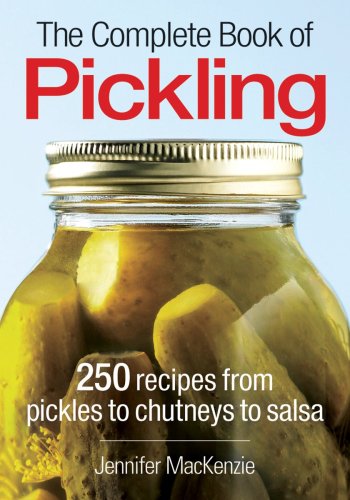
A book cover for The Complete Book of Pickling: 250 Recipes from Pickles and Relishes to Chutneys and Salsas; Jennifer MacKenzie; Cookbooks, Food & Wine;